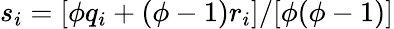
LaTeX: s_{i}=[\phi q_{i}+(\phi-1)r_{i}]/[\phi(\phi-1)]